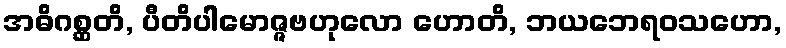
အဓိဂစ္ဆတိ, ပီတိပါမောဇ္ဇဗဟုလော ဟောတိ, ဘယဘေရဝသဟော,